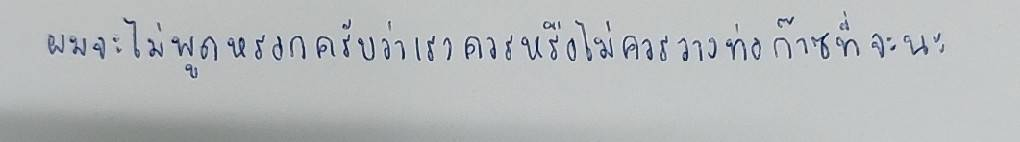
ผมจะไม่พูดหรอกครับว่าเราควรหรือไม่ควรวางท่อก๊าซที่จะนะ